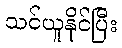
သင်ယူနိုင်ပြီး